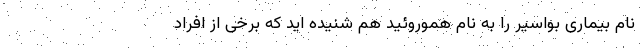
نام بیماری بواسیر را به نام هموروئید هم شنیده اید که برخی از افراد